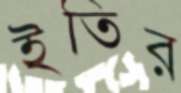
ইতির